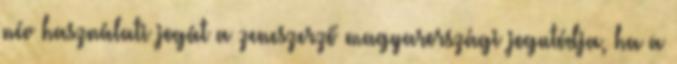
név használati jogát a zeneszerző magyarországi jogutódja, ha a